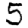
Digit: 5